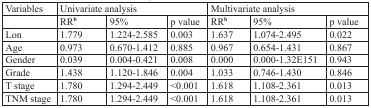
<table><thead><tr><td><b>Variables</b></td><td colspan="3"><b>Univariate analysis</b></td><td colspan="3"><b>Multivariate analysis</b></td></tr><tr><td></td><td><b>RR<sup>b</sup></b></td><td><b>95%</b></td><td><b>p value</b></td><td><b>RR<sup>b</sup></b></td><td><b>95%</b></td><td><b>p value</b></td></tr></thead><tbody><tr><td>Lon</td><td>1.779</td><td>1.224-2.585</td><td>0.003</td><td>1.637</td><td>1.074-2.495</td><td>0.022</td></tr><tr><td>Age</td><td>0.973</td><td>0.670-1.412</td><td>0.885</td><td>0.967</td><td>0.654-1.431</td><td>0.867</td></tr><tr><td>Gender</td><td>0.039</td><td>0.004-0.421</td><td>0.008</td><td>0.000</td><td>0.000-1.32E151</td><td>0.943</td></tr><tr><td>Grade</td><td>1.438</td><td>1.120-1.846</td><td>0.004</td><td>1.033</td><td>0.746-1.430</td><td>0.846</td></tr><tr><td>T stage</td><td>1.780</td><td>1.294-2.449</td><td>&lt;0.001</td><td>1.618</td><td>1.108-2.361</td><td>0.013</td></tr><tr><td>TNM stage</td><td>1.780</td><td>1.294-2.449</td><td>&lt;0.001</td><td>1.618</td><td>1.108-2.361</td><td>0.013</td></tr></tbody></table>